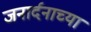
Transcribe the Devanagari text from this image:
जनार्दनाच्या